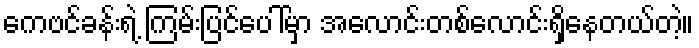
ကေဗင်ခန်းရဲ့ ကြမ်းပြင်ပေါ်မှာ အလောင်းတစ်လောင်းရှိနေတယ်တဲ့။